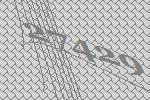
27429